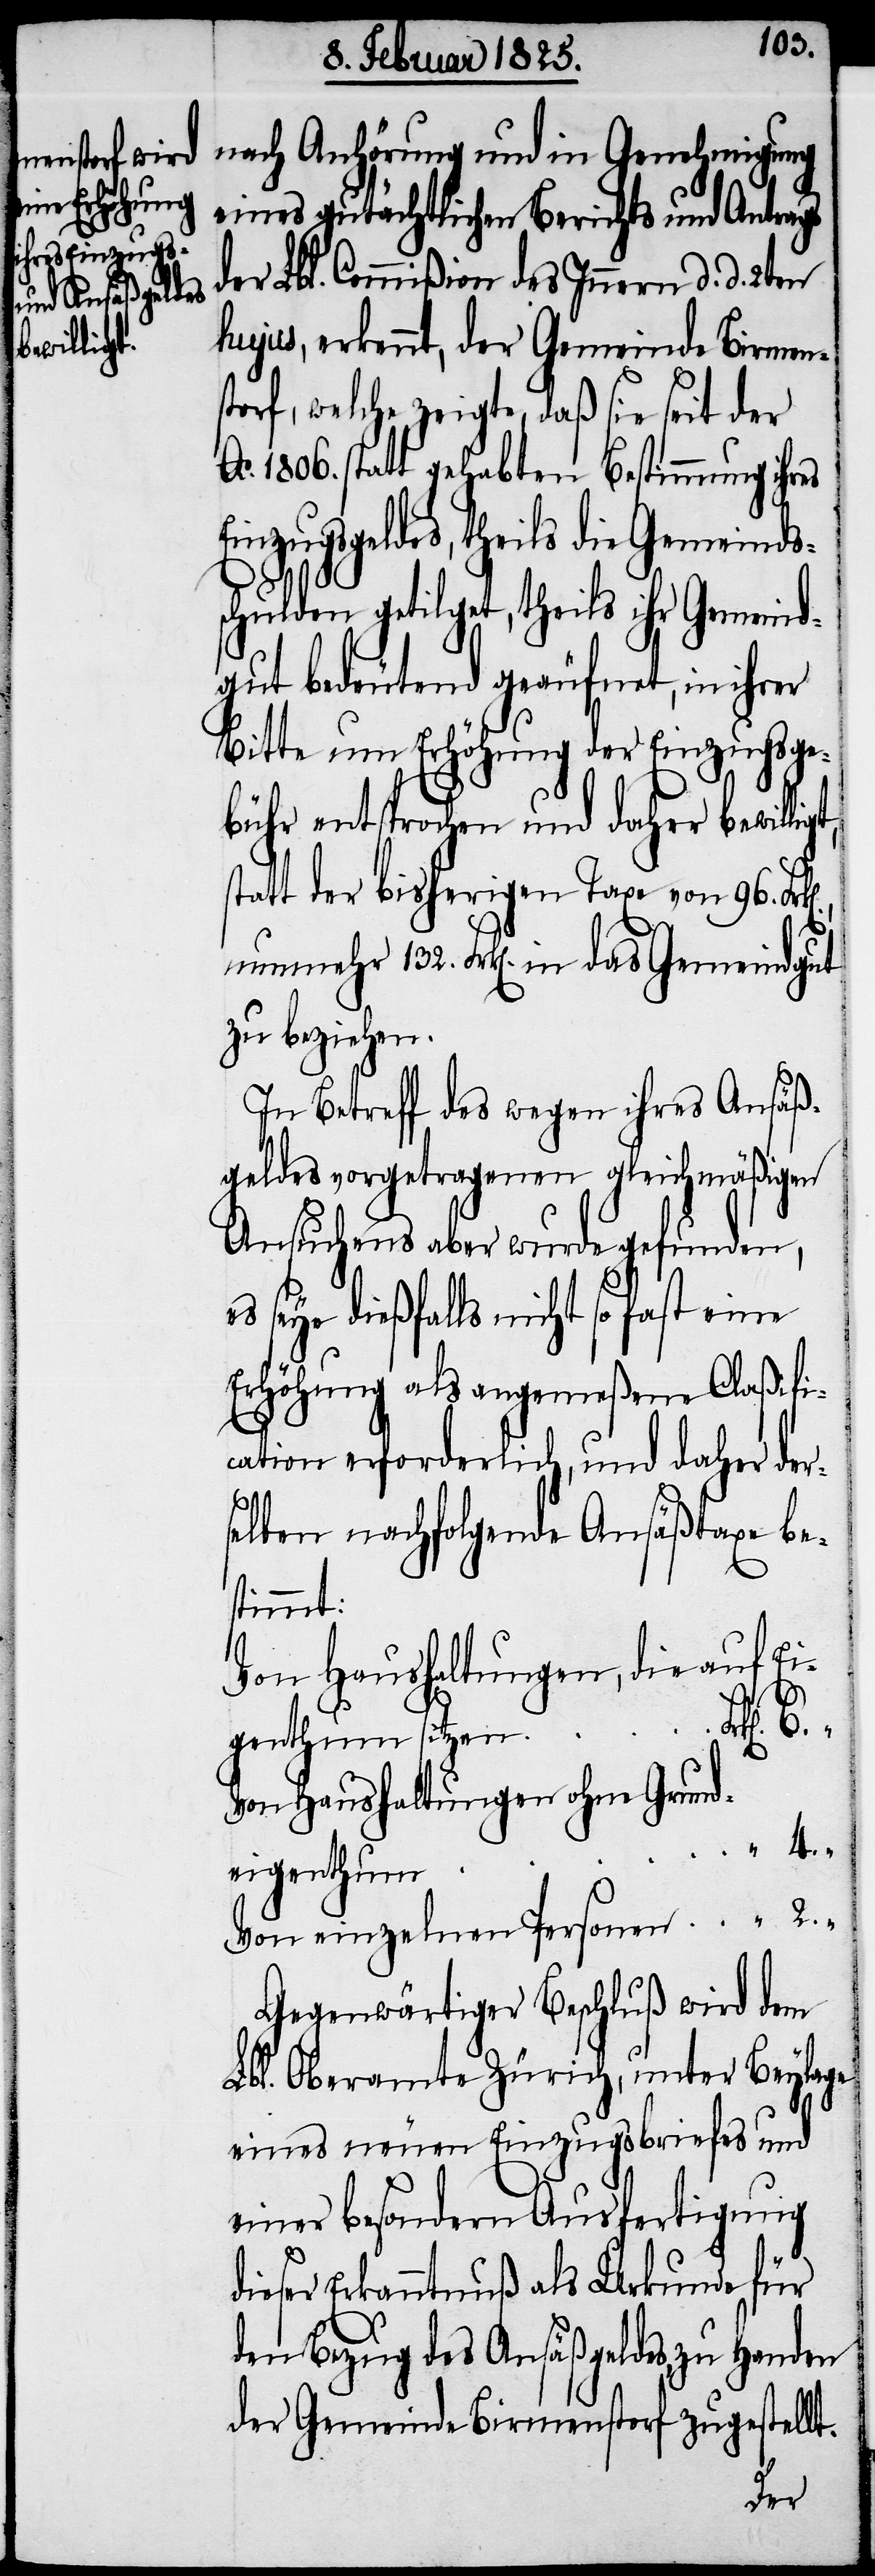
nach Anhörung und in Genehmigung
eines gutächtlichen Berichts und Antrags
der Lbl. Commißion des Innern d. d. 2ten
hujus, erkennt, der Gemeinde Birmens¬
torf, welche zeigte, daß sie seit der
Ao. 1806. statt gehabten Bestimmung ihres
Einzugsgeldes, theils die Gemeinds¬
schulden getilget, theils ihr Gemeind¬
gut bedeutend geäufnet, in ihrer
Bitte um Erhöhung der Einzugsge¬
bühr entsprochen und daher bewillig¬
tatt der bisherigen Taxe von 96. Fr¬
nunmehr 132. Frk[en]. in das Gemeindgut
zu beziehen.
In Betreff des wegen ihres Ansäß¬
geldes vorgetragenen gleichmäßigen
Ansuchens aber wurde gefunden,
es seye dießfalls nicht so fast eine
Erhöhung als angemeßene Claßifi¬
cation erforderlich, und daher der¬
selben nachfolgende Ansäßtaxe be¬
stimmt:
Von Haushaltungen, die auf Ei¬
k[en].,
genthum sitzen
Von Haushaltungen ohne Grund¬
eigenthum
Von einzelnen Personen
Gegenwärtiger Beschluß wird dem
Lbl. Oberamte Zürich, unter Beylage
eines neuen Einzugsbriefes und
einer besondern Ausfertigung
dieser Erkanntnuß als Urkunde für
den Bezug des Ansäßgeldes, zu Handen
der Gemeinde Birmenstorf zugestellt.